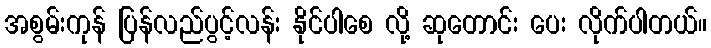
အစွမ်းကုန် ပြန်လည်ပွင့်လန်း နိုင်ပါစေ လို့ ဆုတောင်း ပေး လိုက်ပါတယ်။